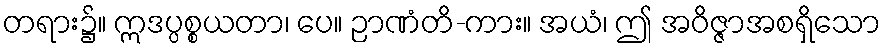
တရား၌။ ဣဒပ္ပစ္စယတာ၊ ပေ။ ဉာဏံတိ-ကား။ အယံ၊ ဤ အဝိဇ္ဇာအစရှိသော